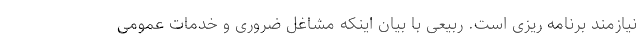
نیازمند برنامه ریزی است. ربیعی با بیان اینکه مشاغل ضروری و خدمات عمومی